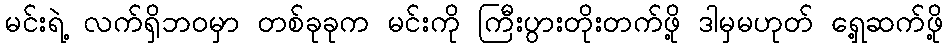
မင်းရဲ့ လက်ရှိဘ၀မှာ တစ်ခုခုက မင်းကို ကြီးပွားတိုးတက်ဖို့ ဒါမှမဟုတ် ရှေ့ဆက်ဖို့